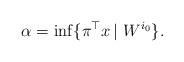
LaTeX: \begin{align*}\alpha = \inf \{\pi^{\top}x\, | \ W^{i_0}\}.\end{align*}